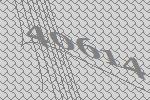
40614